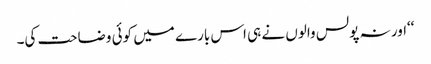
‘‘اور نہ پولس والوں نے ہی اس بارے میں کوئی وضاحت کی۔